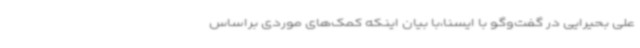
علی بحیرایی در گفت‌وگو با ایسنا،با بیان اینکه کمک‌های موردی براساس